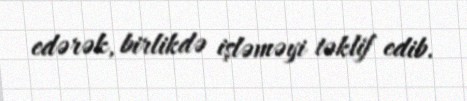
edərək, birlikdə işləməyi təklif edib.